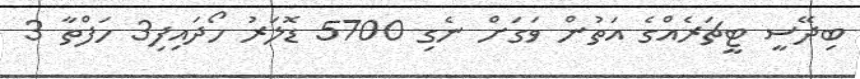
ބިދޭސީ ޓީޗަރެއްގެ އަތުން ވަގަށް ނެގި 5700 ޑޮލަރު ހޯދައިފި3 ހަފްތާ 3